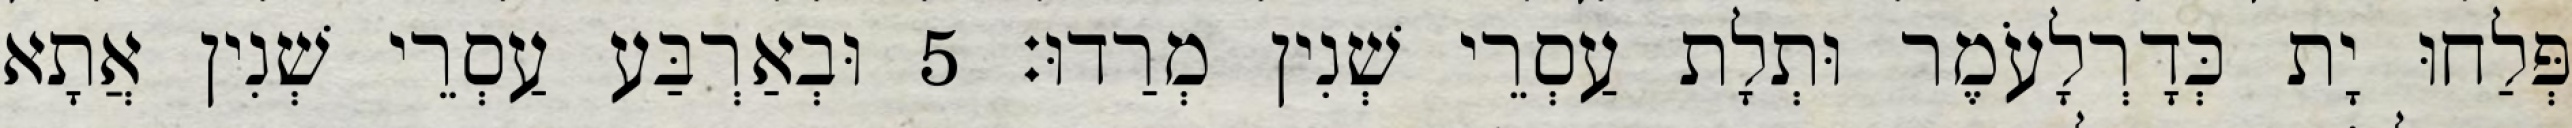
פְּלַחוּ יָת כְּדָרְלָעֹמֶר וּתְלָת עַסְרֵי שְׁנִין מְרַדוּ׃ 5 וּבְאַרְבַּע עַסְרֵי שְׁנִין אֲתָא